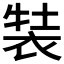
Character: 𧚒